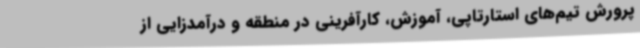
پرورش تیم‌های استارتاپی، آموزش، کارآفرینی در منطقه و درآمدزایی از